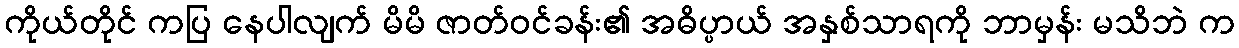
ကိုယ်တိုင် ကပြ နေပါလျက် မိမိ ဇာတ်ဝင်ခန်း၏ အဓိပ္ပာယ် အနှစ်သာရကို ဘာမှန်း မသိဘဲ က